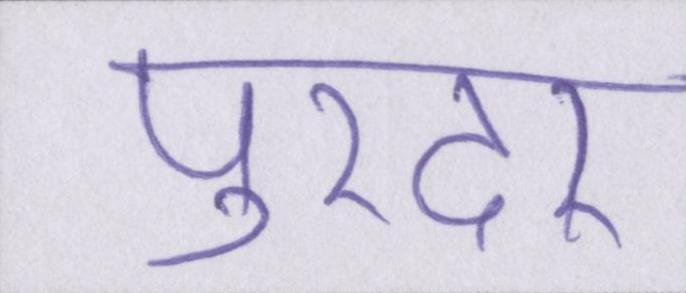
पुरंदर